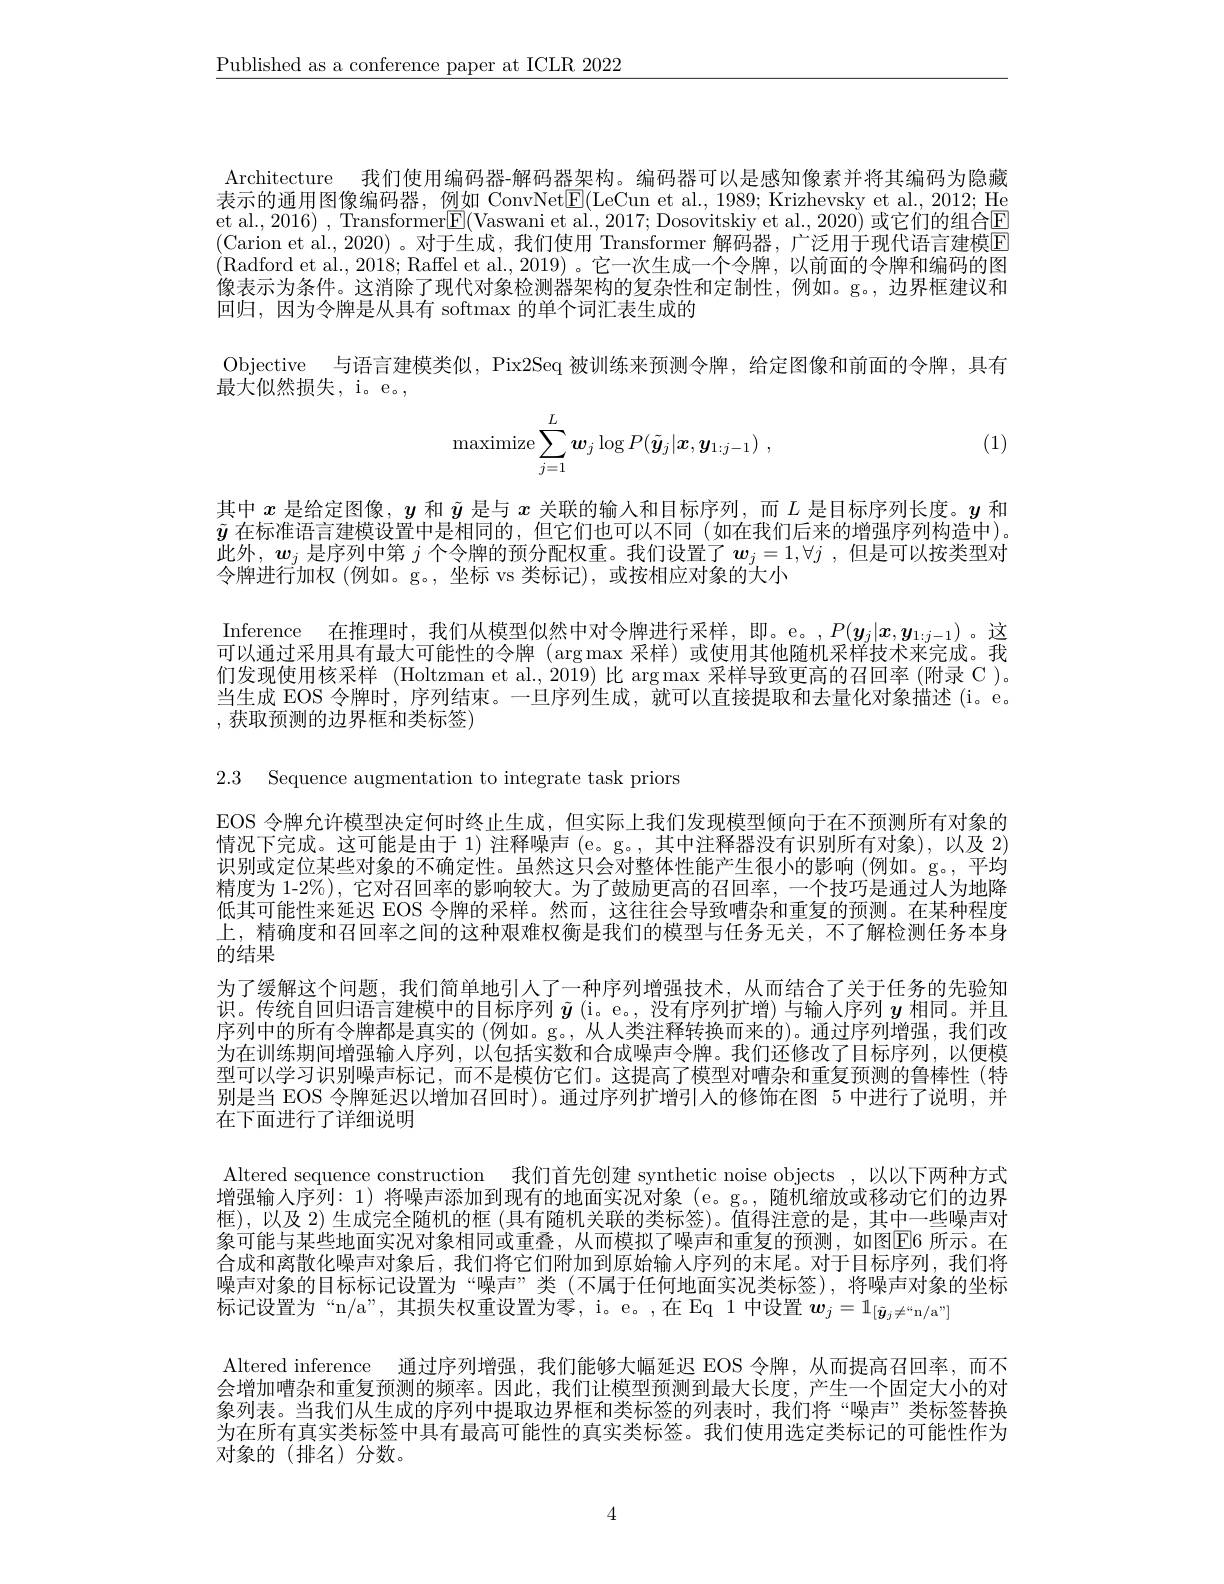
$\underline{\text{Published as a conference paper at ICLR 2022}}$

Architecture 我们使用编码器-解码器架构。编码器可以是感知像素并将其编码为隐藏表示的通用图像编码器，例如 ConvNet$\boxed{\mathrm{F}}($LeCun et al., 1989; Krizhevsky et al., 2012; He et al., 2016) , Transformer$\underline{\mathrm{E}}($Vaswani et al., 2017; Dosovitskiy et al., 2020) 或它们的组合$\underline{\mathrm{E}}$ (Carion et al., 2020)。对于生成，我们使用$^\prime$Transformer 解码器，广泛用于现代语言建模E (Radford et al., 2018; Raffel et al., 2019)。它一次生成一个令牌，以前面的令牌和编码的图像表示为条件。这消除了现代对象检测器架构的复杂性和定制性，例如。g。,边界框建议和回归，因为令牌是从具有 softmax 的单个词汇表生成的
Objective 与语言建模类似，Pix2Seq 被训练来预测令牌，给定图像和前面的令牌，具有
$\bar{\text{最大似然损失，i。e。}}$,
$$\text{maximize}\sum_{j=1}^L\boldsymbol{w}_j\log P(\tilde{\boldsymbol{y}}_j|\boldsymbol{x},\boldsymbol{y}_{1:j-1})\:,$$
(1)

其中$x$是给定图像，$y$和$\tilde{y}$是与$x$关联的输人和目标序列，而$L$是目标序列长度。$y$和$\tilde{y}$在标准语言建模设置中是相同的，但它们也可以不同(如在我们后来的增强序列构造中)。$\bar{\text{此外，}w_j\text{ 是序列中第 }j\text{ 个令牌的预分配权重。我们设置了 }\boldsymbol{w}_j=1,\forall j\mathrm{~,~}\text{但是可以按类型对}}$ 令牌进行加权(例如。g。,坐标 vs 类标记),或按相应对象的大小

Inference 在推理时，我们从模型似然中对令牌进行采样，即。e。,$P(y_j|x,y_{1:j-1})$。这可以通过采用具有最大可能性的令牌 (argmax 采样)或使用其他随机采样技术来完成。我们发现使用核采样 (Holtzman et al.,2019) 比$\arg\max$采样导致更高的召回率 (附录 C )。当生成 EOS 令牌时，序列结束。一旦序列生成，就可以直接提取和去量化对象描述(i。e。,获取预测的边界框和类标签)

2.3 Sequence augmentation to integrate task priors

EOS 令牌允许模型决定何时终止生成，但实际上我们发现模型倾向于在不预测所有对象的情况下完成。这可能是由于 1) 注释噪声 (e。g。, 其中注释器没有识别所有对象), 以及 2) 识别或定位某些对象的不确定性。虽然这只会对整体性能产生很小的影响(例如。g。,平均精度为 1-2%), 它对召回率的影响较大。为了鼓励更高的召回率，一个技巧是通过人为地降低其可能性来延迟 EOS 令牌的采样。然而，这往往会导致嘈杂和重复的预测。在某种程度上，精确度和召回率之间的这种艰难权衡是我们的模型与任务无关，不了解检测任务本身的结果
为了缓解这个问题，我们简单地引人了一种序列增强技术，从而结合了关于任务的先验知识。传统自回归语言建模中的目标序列$\tilde{\boldsymbol{y}}$ (i。e。,没有序列扩增)与输人序列$y$相同。并且序列中的所有令牌都是真实的 (例如。g。,从人类注释转换而来的)。通过序列增强，我们改为在训练期间增强输人序列，以包括实数和合成噪声令牌。我们还修改了目标序列，以便模型可以学习识别噪声标记，而不是模仿它们。这提高了模型对嘈杂和重复预测的鲁棒性(特别是当 EOS 令牌延迟以增加召回时)。通过序列扩增引人的修饰在图 5 中进行了说明，并在下面进行了详细说明
Altered sequence construction 我们首先创建 synthetic noise objects ,以以下两种方式增强输人序列：1) 将噪声添加到现有的地面实况对象 (e。g。,随机缩放或移动它们的边界框),以及 2) 生成完全随机的框 (具有随机关联的类标签)。值得注意的是，其中一些噪声对象可能与某些地面实况对象相同或重叠，从而模拟了噪声和重复的预测，如图$\overline{\mathrm{E}}$6 所示。在合成和离散化噪声对象后，我们将它们附加到原始输人序列的末尾。对于目标序列，我们将噪声对象的目标标记设置为“噪声”类(不属于任何地面实况类标签),将噪声对象的坐标标记设置为“n/a”,其损失权重设置为零，i。e。,在 Eq 1 中设置$\boldsymbol w_j=1_[\tilde{\boldsymbol{y}}_j\neq`$n/a"]
Altered inference 通过序列增强，我们能够大幅延迟 EOS 令牌，从而提高召回率，而不会增加嘈杂和重复预测的频率。因此，我们让模型预测到最大长度，产生一个固定大小的对象列表。当我们从生成的序列中提取边界框和类标签的列表时，我们将“噪声”类标签替换为在所有真实类标签中具有最高可能性的真实类标签。我们使用选定类标记的可能性作为对象的(排名)分数。

4